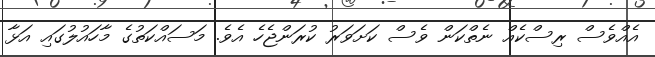
އެއްވެސް ރިސްކެއް ނެތްކަން ވެސް ކަށަވަރު ކުރަންޖެހެ އެވެ. މަސައްކަތުގެ މާހައުލުގައި އަޅާ